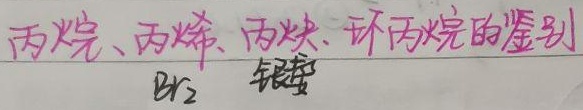
丙烷、丙烯、丙炔、环丙烷的鉴别：\(\mathrm{Br}_2\)、银氨